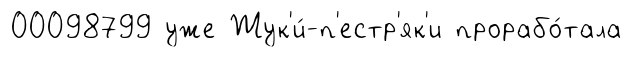
00098799 уже Жук'и́-п'естр'як'и прорабо́тала